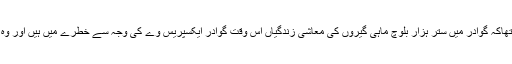
آپ بتائیں اس سے اہم ایشو کیا ہوسکتا تھاکہ گوادر میں ستر ہزار بلوچ ماہی گیروں کی معاشی زندگیاں اس وقت گوادر ایکسپریس وے کی وجہ سے خطرے میں ہیں اور وہ سب خاندان وہاں احتجاج کررہے ہیں؟